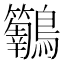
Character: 𮭝